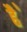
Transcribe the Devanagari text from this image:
है॓